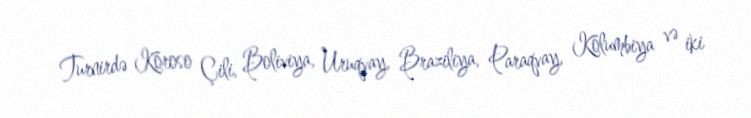
Turnirdə Koroso Çili, Boliviya, Uruqvay, Braziliya, Paraqvay, Kolumbiya və iki